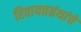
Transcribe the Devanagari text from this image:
रिवायतग्रंथांचें